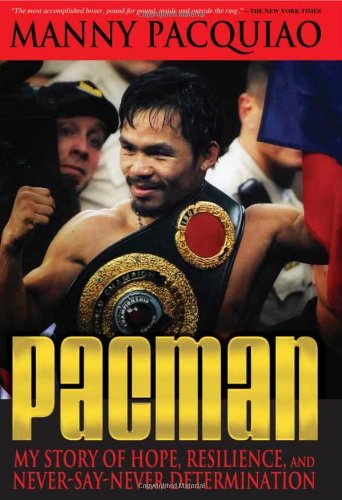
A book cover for Pacman: My Story of Hope, Resilience, and Never-Say-Never Determination; Manny Pacquiao; Biographies & Memoirs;